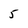
Character: 5